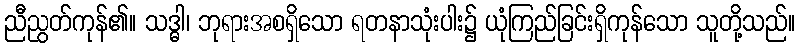
ညီညွတ်ကုန်၏။ သဒ္ဓါ၊ ဘုရားအစရှိသော ရတနာသုံးပါး၌ ယုံကြည်ခြင်းရှိကုန်သော သူတို့သည်။